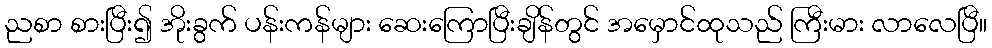
ညစာ စားပြီး၍ အိုးခွက် ပန်းကန်များ ဆေးကြောပြီးချိန်တွင် အမှောင်ထုသည် ကြီးမား လာလေပြီ။